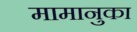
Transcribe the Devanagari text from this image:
मामानुका